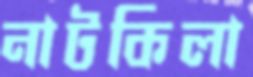
নাটকিলা